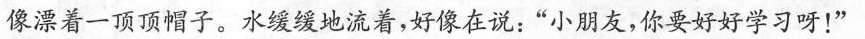
像漂着一顶顶帽子。水缓缓地流着，好像在说：”小朋友，你要好好学习呀！”